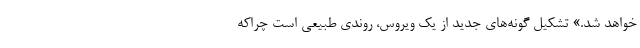
خواهد شد.» تشکیل گونه‌های جدید از یک ویروس، روندی طبیعی است چراکه